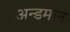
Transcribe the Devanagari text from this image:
अन्डमान